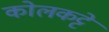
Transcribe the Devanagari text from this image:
कोलकट्टे